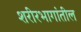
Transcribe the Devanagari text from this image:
शरीरभागांतील